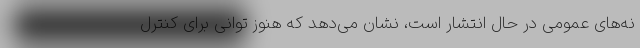
نه‌های عمومی در حال انتشار است، نشان می‌دهد که هنوز توانی برای کنترل